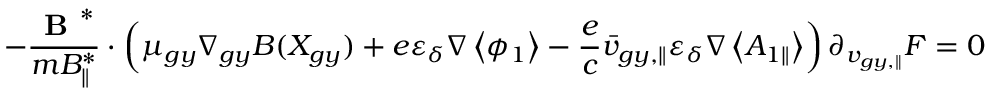
- \frac { \textbf { B } ^ { * } } { m B _ { \parallel } ^ { * } } \boldsymbol { \cdot } \left( \mu _ { g y } \nabla _ { g y } B ( X _ { g y } ) + e \varepsilon _ { \delta } \nabla \left< \phi _ { 1 } \right> - \frac { e } { c } \bar { v } _ { g y , \parallel } \varepsilon _ { \delta } \nabla \left< A _ { 1 \parallel } \right> \right) \partial _ { { v } _ { g y , \parallel } } F = 0